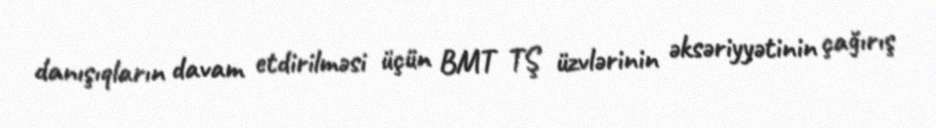
danışıqların davam etdirilməsi üçün BMT TŞ üzvlərinin əksəriyyətinin çağırış